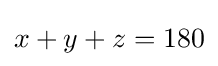
x+y+z=180